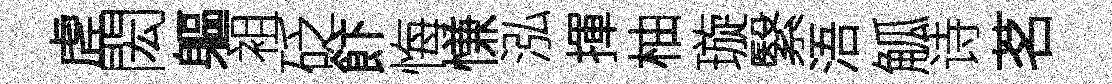
虗閎軀袓砭飰悔慊泓揮柚璇繄浯觚诗茗